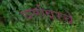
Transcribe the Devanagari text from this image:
धर्मावरचे